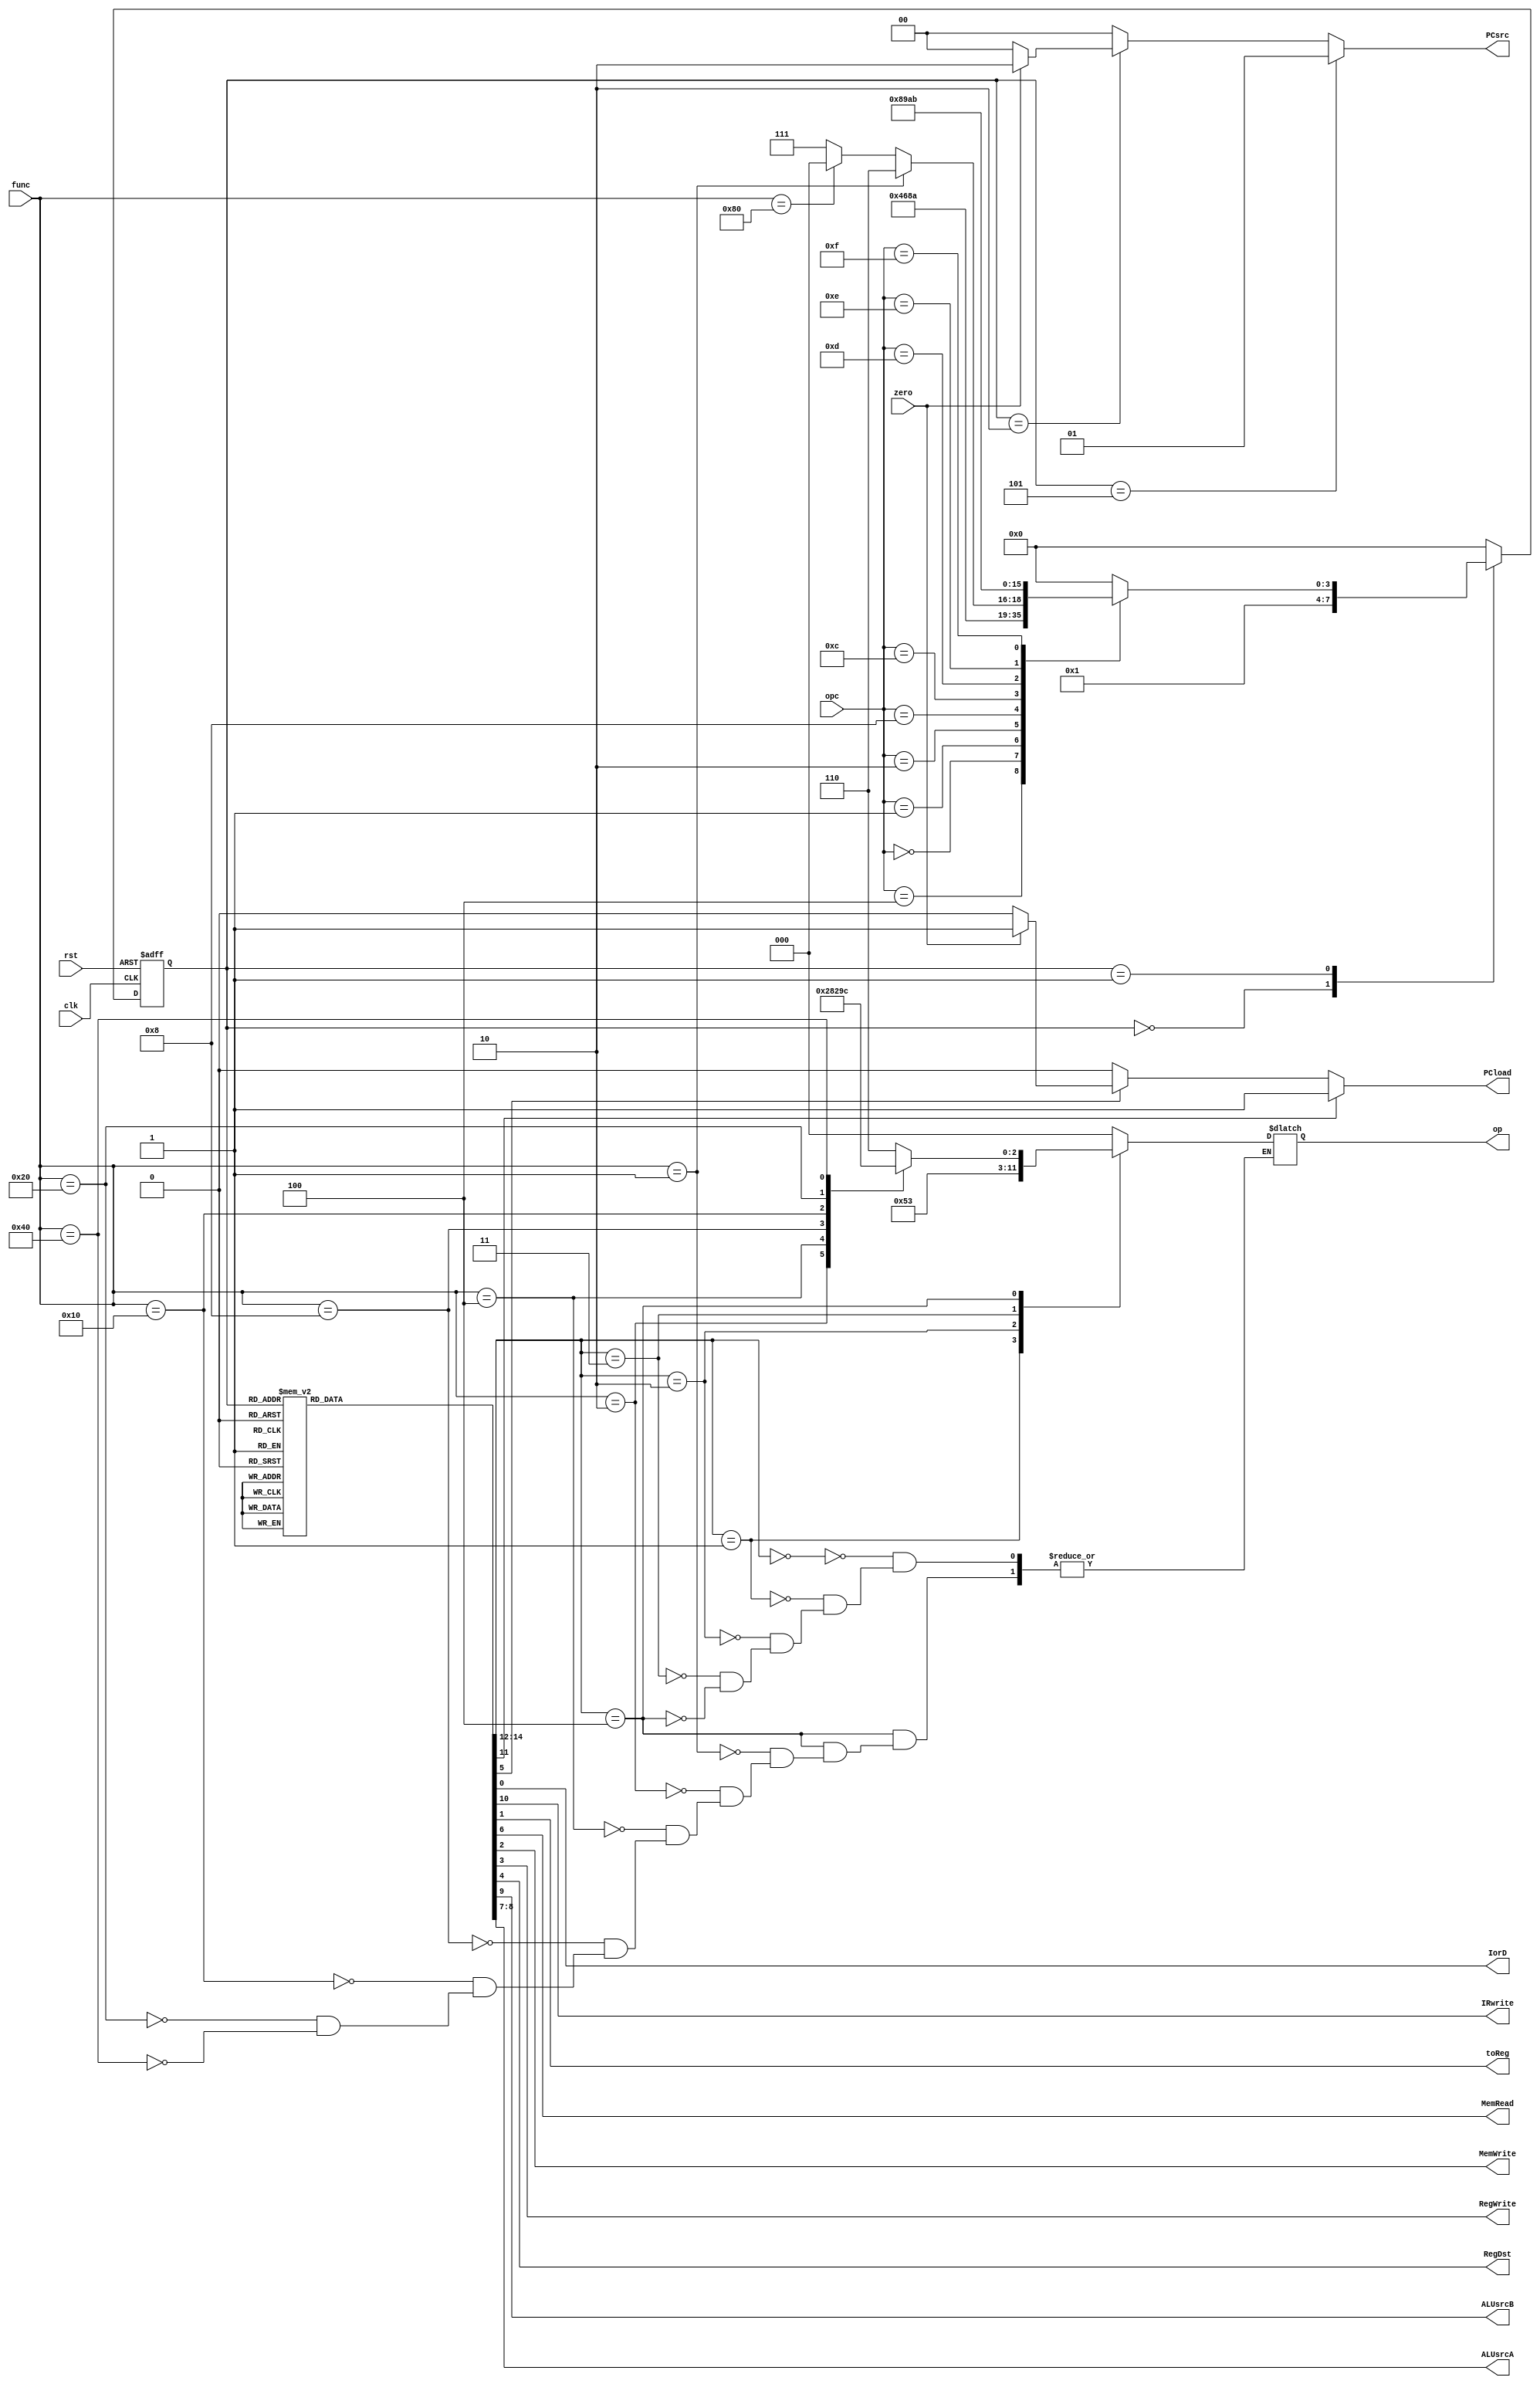
module Controller(input clk, rst, input zero, input [3:0]opc, input [8:0]func, output reg IorD, IRwrite, toReg, MemRead, MemWrite,
				  RegWrite, RegDst, ALUsrcB, PCload, output reg [1:0]ALUsrcA, PCsrc, output reg [2:0]op);
	
	reg [3:0] ns, ps;
	reg [2:0] ALUop;
	reg PCwrite, PCwriteCond;
	
	parameter [3:0] IF = 4'd0, ID = 4'd1, BranchState = 4'd2, LoadState = 4'd3, StoreState = 4'd4, JumpState = 4'd5, CTypeState1 = 4'd6,
					CTypeState2 = 4'd7, AddiState = 4'd8, SubiState = 4'd9, AndiState = 4'd10, OriState = 4'd11;
	
	parameter [3:0] Load = 4'b0000, Store = 4'b0001, Jump = 4'b0010, Branch = 4'b0100, CType = 4'b1000, Addi = 4'b1100, Subi = 4'b1101, Andi = 4'b1110, Ori = 4'b1111;
	
	parameter [8:0] Moveto = 9'b000000001, MoveFrom = 9'b000000010, Add = 9'b000000100, Sub = 9'b000001000, And = 9'b000010000, Or = 9'b000100000, NotA = 9'b001000000, Nop = 9'b010000000;
	
	always @(ps, opc, func, clk) begin
		ns = IF;
		case(ps)
			IF: ns = ID;
			ID: case(opc)
					Branch: ns = BranchState;
					Load: ns = LoadState;
					Store: ns = StoreState;
					Jump: ns = JumpState;
					CType: ns = (func == 9'b000000001) ? CTypeState1 : ((func == 9'b010000000) ? IF : CTypeState2);
					Addi: ns = AddiState;
					Subi: ns = SubiState;
					Andi: ns = AndiState;
					Ori: ns = OriState;
				endcase
			BranchState: ns = IF;
			LoadState: ns = IF;
			StoreState: ns = IF;
			JumpState: ns = IF;
			CTypeState1: ns = IF;
			CTypeState2: ns = IF;
			AddiState: ns = IF;
			OriState: ns = IF;
			AndiState: ns = IF;
			SubiState: ns = IF;
		endcase
	end
	
	always @(ps, clk) begin
		IorD = 1'b0; IRwrite = 1'b0; toReg = 1'b0; MemRead = 1'b0; MemWrite = 1'b0; PCwrite = 1'b0; PCwriteCond = 1'b0;
		RegWrite = 1'b0; RegDst = 1'b0; ALUsrcB = 1'b0; ALUsrcA = 2'b00; ALUop = 3'b000;
		case(ps)
			IF: begin MemRead = 1'b1; ALUsrcA = 2'b00; ALUsrcB = 1'b1; IRwrite = 1'b1; PCwrite = 1'b1; ALUop = 3'b000; end
			ID: begin IorD = 1'b1; MemRead = 1'b1; end
			BranchState: begin ALUsrcA = 2'b01; ALUsrcB = 1'b0; PCwriteCond = 1'b1; ALUop = 3'b001; end
			LoadState: begin RegDst = 1'b1; RegWrite = 1'b1; end
			StoreState: begin IorD = 1'b1; MemWrite = 1'b1; end
			JumpState: begin PCwrite = 1'b1; end
			CTypeState1: begin toReg = 1'b1; RegWrite = 1'b1; ALUsrcA = 2'b01; ALUsrcB = 1'b0; ALUop = 3'b100; end
			CTypeState2: begin toReg = 1'b1; RegWrite = 1'b1; RegDst = 1'b1; ALUsrcA = 2'b01; ALUsrcB = 1'b0; ALUop = 3'b100; end
			AddiState: begin toReg = 1'b1; RegDst = 1'b1; ALUsrcA = 2'b10; ALUsrcB = 1'b0; RegWrite = 1'b1; ALUop = 3'b000; end
			SubiState: begin toReg = 1'b1; RegDst = 1'b1; ALUsrcA = 2'b10; ALUsrcB = 1'b0; RegWrite = 1'b1; ALUop = 3'b001; end
			AndiState: begin toReg = 1'b1; RegDst = 1'b1; ALUsrcA = 2'b10; ALUsrcB = 1'b0; RegWrite = 1'b1; ALUop = 3'b010; end
			OriState: begin toReg = 1'b1; RegDst = 1'b1; ALUsrcA = 2'b10; ALUsrcB = 1'b0; RegWrite = 1'b1; ALUop = 3'b011; end
		endcase
	end
	
	always @(posedge clk, posedge rst) begin
		if (rst) ps = IF;
		else ps = ns;
	end
	
	assign PCload = PCwrite ? 1'b1 : (PCwriteCond ? (zero ? 1'b1 : 1'b0) : 1'b0);
	assign PCsrc = (ps == JumpState) ? 2'b01 : ((ps == BranchState) ? (zero ? 2'b10 : 2'b00) : 2'b00);
	
	always @(ALUop) begin
		case(ALUop)
			3'b000: op = 3'b000;
			3'b001: op = 3'b001;
			3'b010: op = 3'b010;
			3'b011: op = 3'b011;
			3'b100: case(func)
						Moveto: op = 3'b110;
						MoveFrom: op = 3'b101;
						Add: op = 3'b000;
						Sub: op = 3'b001;
						And: op = 3'b010;
						Or: op = 3'b011;
						NotA: op = 3'b100;
					endcase
		endcase
	end
endmodule